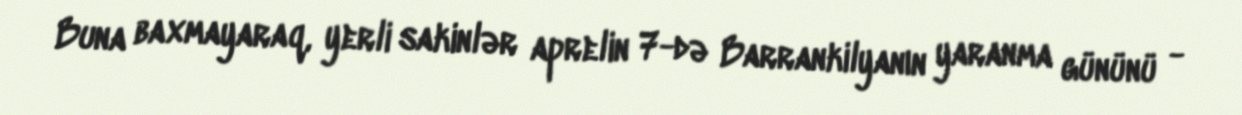
Buna baxmayaraq, yerli sakinlər aprelin 7-də Barrankilyanın yaranma gününü -